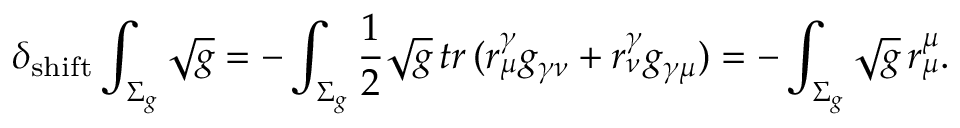
\delta _ { \mathrm { s h i f t } } \int _ { \Sigma _ { g } } \sqrt { g } = - \int _ { \Sigma _ { g } } \frac { 1 } { 2 } \sqrt { g } \, t r \, ( r _ { \mu } ^ { \gamma } g _ { \gamma \nu } + r _ { \nu } ^ { \gamma } g _ { \gamma \mu } ) = - \int _ { \Sigma _ { g } } \sqrt { g } \, r _ { \mu } ^ { \mu } .